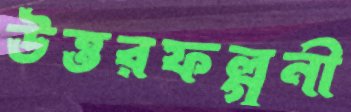
উত্তরফল্গুনী